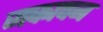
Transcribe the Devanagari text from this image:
जकापन